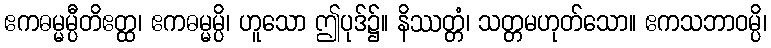
ဧကဓမ္မမ္ပီတိဧတ္ထ၊ ဧကဓမ္မမ္ပိ၊ ဟူသော ဤပုဒ်၌။ နိဿတ္တံ၊ သတ္တမဟုတ်သော။ ဧကသဘာဝမ္ပိ၊